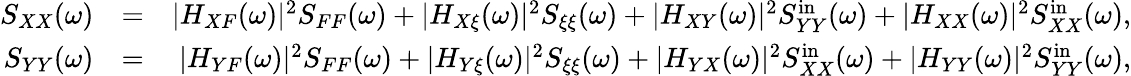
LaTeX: \begin{array}{rlr}{S_{XX}(\omega)}&{=}&{|H_{XF}(\omega)|^{2}S_{FF}(\omega)+|H_{X\xi}(\omega)|^{2}S_{\xi\xi}(\omega)+|H_{XY}(\omega)|^{2}S_{YY}^{\mathrm{in}}(\omega)+|H_{XX}(\omega)|^{2}S_{XX}^{\mathrm{in}}(\omega),}\\ {S_{YY}(\omega)}&{=}&{|H_{YF}(\omega)|^{2}S_{FF}(\omega)+|H_{Y\xi}(\omega)|^{2}S_{\xi\xi}(\omega)+|H_{YX}(\omega)|^{2}S_{XX}^{\mathrm{in}}(\omega)+|H_{YY}(\omega)|^{2}S_{YY}^{\mathrm{in}}(\omega),}\end{array}